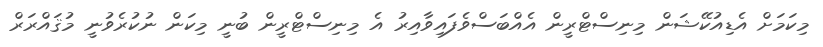
މިކަމަށް އެޑިއުކޭޝަން މިނިސްޓްރީން އެއްބަސްވެފައިވާއިރު އެ މިނިސްޓްރީން ބުނީ މިކަން ނުކުރެވުނީ މުޤައްރަރް